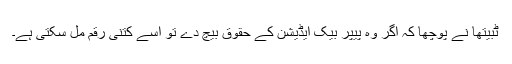
ٹبیتھا نے پوچھا کہ اگر وہ پیپر بیک ایڈیشن کے حقوق بیچ دے تو اسے کتنی رقم مل سکتی ہے۔